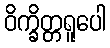
ဝိက္ခိတ္တရူပေါ